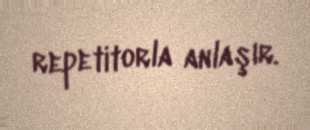
repetitorla anlaşır.